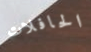
الحافلات